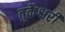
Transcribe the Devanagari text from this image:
तुर्केश्वरी